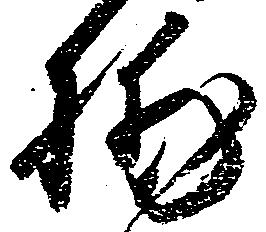
捕